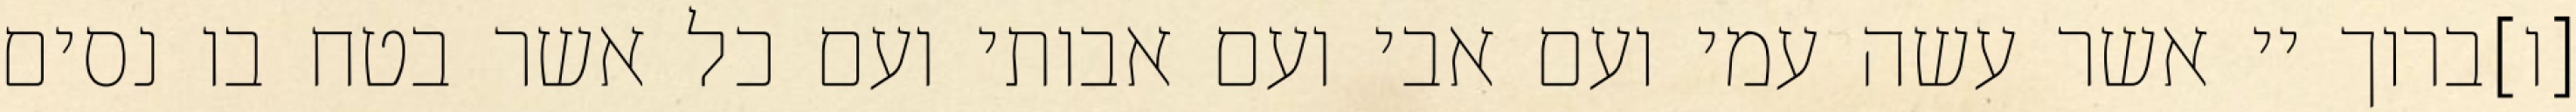
[ו]ברוך יי אשר עשה עמי ועם אבי ועם אבותי ועם כל אשר בטח בו נסים